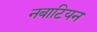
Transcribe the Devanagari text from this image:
नबाटियन